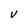
Character: V